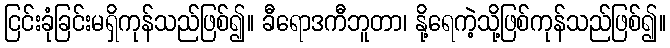
ငြင်းခုံခြင်းမရှိကုန်သည်ဖြစ်၍။ ခီရောဒကီဘူတာ၊ နို့ရေကဲ့သို့ဖြစ်ကုန်သည်ဖြစ်၍။